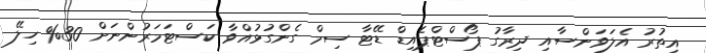
އިތުރު އެލަވަންސާއި ދިރާގު ޕޯސްޓްޕެއިޑް ޑޭޓާ ސިމް ގެންގުޅުއްވާ ކަސްޓަމަރުންނަށް 30% ހިލޭ